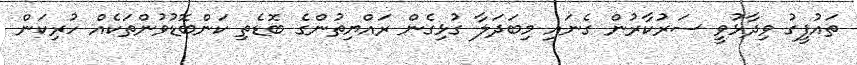
ތައުފީގު ވިދާޅުވީ ސަރުކާރުން ގެނައި މިބަދަލާ ގުޅިގެން ރައްޔިތުންގެ ބޮޑެތި ކަންބޮޑުވުންތަކެއް ހުރިކަން